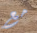
مع